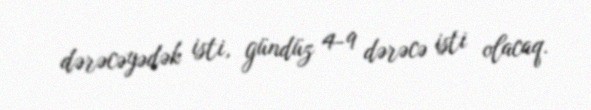
dərəcəyədək isti, gündüz 4-9 dərəcə isti olacaq.